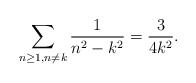
\begin{align*}\sum_{{{n\geq1},{n\neq{k}}}}\frac{1}{{n}^2-{{k}^2}}=\frac{3}{4k^2}.\end{align*}